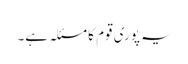
یہ پوری قوم کا مسئلہ ہے۔